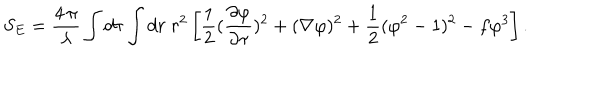
LaTeX: S _ { E } = { \frac { 4 \, \pi } { \lambda } } \int d \tau \int d r \; r ^ { 2 } \left[ { \frac { 1 } { 2 } } { ( { \frac { \partial \varphi } { \partial \tau } } ) ^ { 2 } + ( \nabla \varphi ) ^ { 2 } } + { \frac { 1 } { 2 } } ( \varphi ^ { 2 } - 1 ) ^ { 2 } - f \varphi ^ { 3 } \right] .